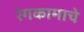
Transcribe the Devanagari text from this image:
रंगकामाचे